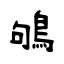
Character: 鴝